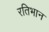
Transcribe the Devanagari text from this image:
रतिभान